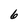
Character: 6